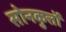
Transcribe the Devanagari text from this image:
सोनकुत्तों